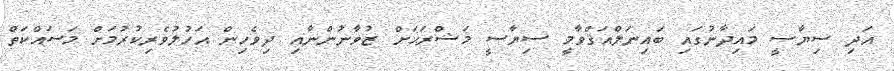
އަދި ސިޔާސީ މައިދާނުގައި ބައިނަލްއަޤްވާމީ ސިޔާސީ މަޝްރަޙަށް ޒުވާނުންނާއި ދިވެހިން އަހުލުވެރިކުރުމަށް މަަސައްކަތް